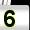
Digit: 5